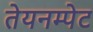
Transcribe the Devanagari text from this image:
तेयनम्पेट